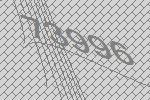
73996